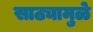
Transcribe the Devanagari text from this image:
साठ्यामुळे